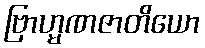
ဗြာဟ္မဏဇာတိယော